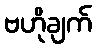
ဗဟိုချက်